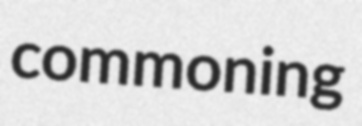
commoning